Physiological action of certain drugs in tablet form - Number 52A
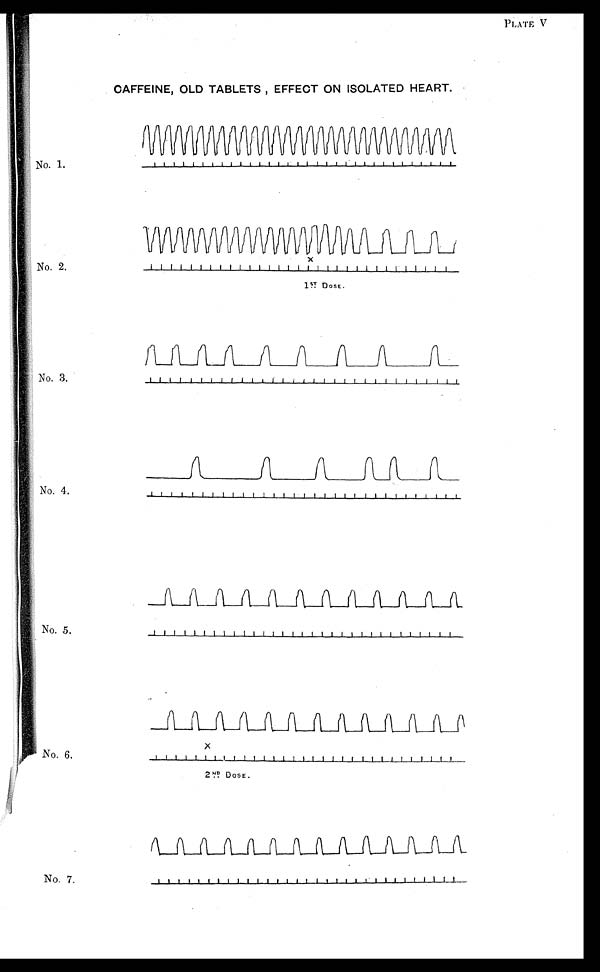
PLATE V
CAFFEINE, OLD TABLETS , EFFECT ON ISOLATED HEART.
No. 1.
No. 2.
No. 3.
No. 4.
No. 5.
No. 6.
No. 7.